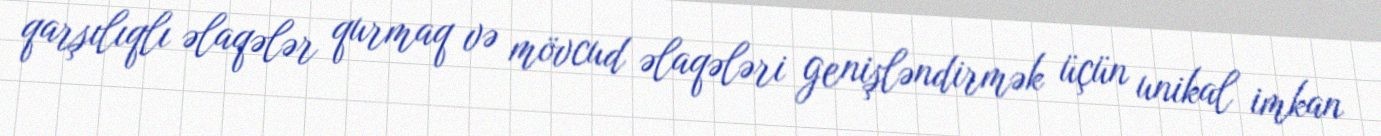
qarşılıqlı əlaqələr qurmaq və mövcud əlaqələri genişləndirmək üçün unikal imkan